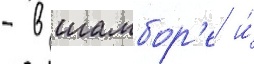
- в шамбор'е и́